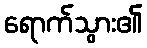
ရောက်သွား၏